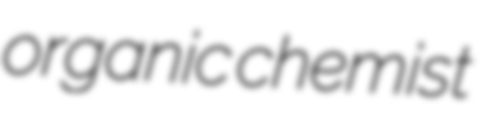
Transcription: organic chemist